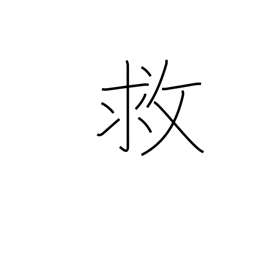
Meaning: help